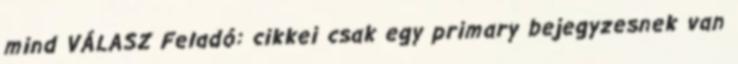
mind VÁLASZ Feladó: cikkei csak egy primary bejegyzesnek van